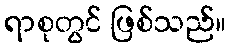
ရာစုတွင် ဖြစ်သည်။